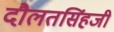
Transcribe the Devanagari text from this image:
दौलतसिंहजी